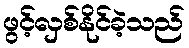
ဖွင့်လှစ်နိုင်ခဲ့သည်